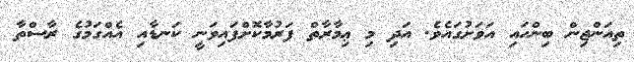
ތިއަންޖިން ބިންހައި އަވަށުގައެވެ. އަދި މި ޢިމާރާތް ފަރުމާކޮށްފައިވަނީ ކަނޑާއި އެއްގަމުގެ ރާސްތާ